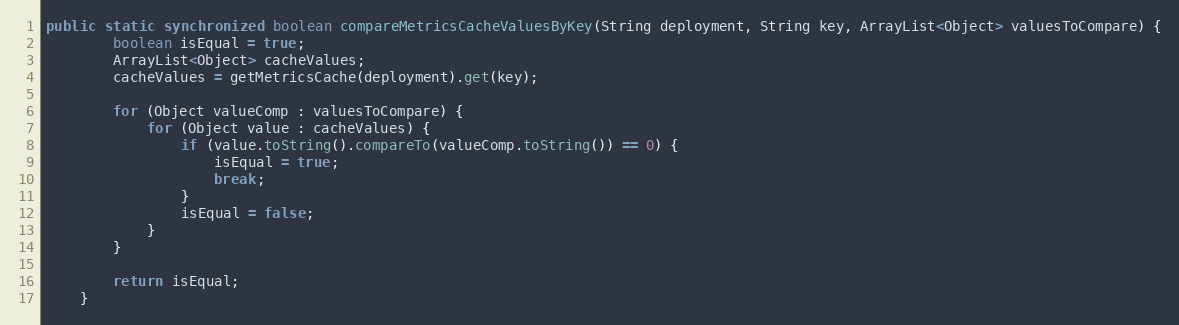
Language: Java
public static synchronized boolean compareMetricsCacheValuesByKey(String deployment, String key, ArrayList<Object> valuesToCompare) {
        boolean isEqual = true;
        ArrayList<Object> cacheValues;
        cacheValues = getMetricsCache(deployment).get(key);

        for (Object valueComp : valuesToCompare) {
            for (Object value : cacheValues) {
                if (value.toString().compareTo(valueComp.toString()) == 0) {
                    isEqual = true;
                    break;
                }
                isEqual = false;
            }
        }

        return isEqual;
    }